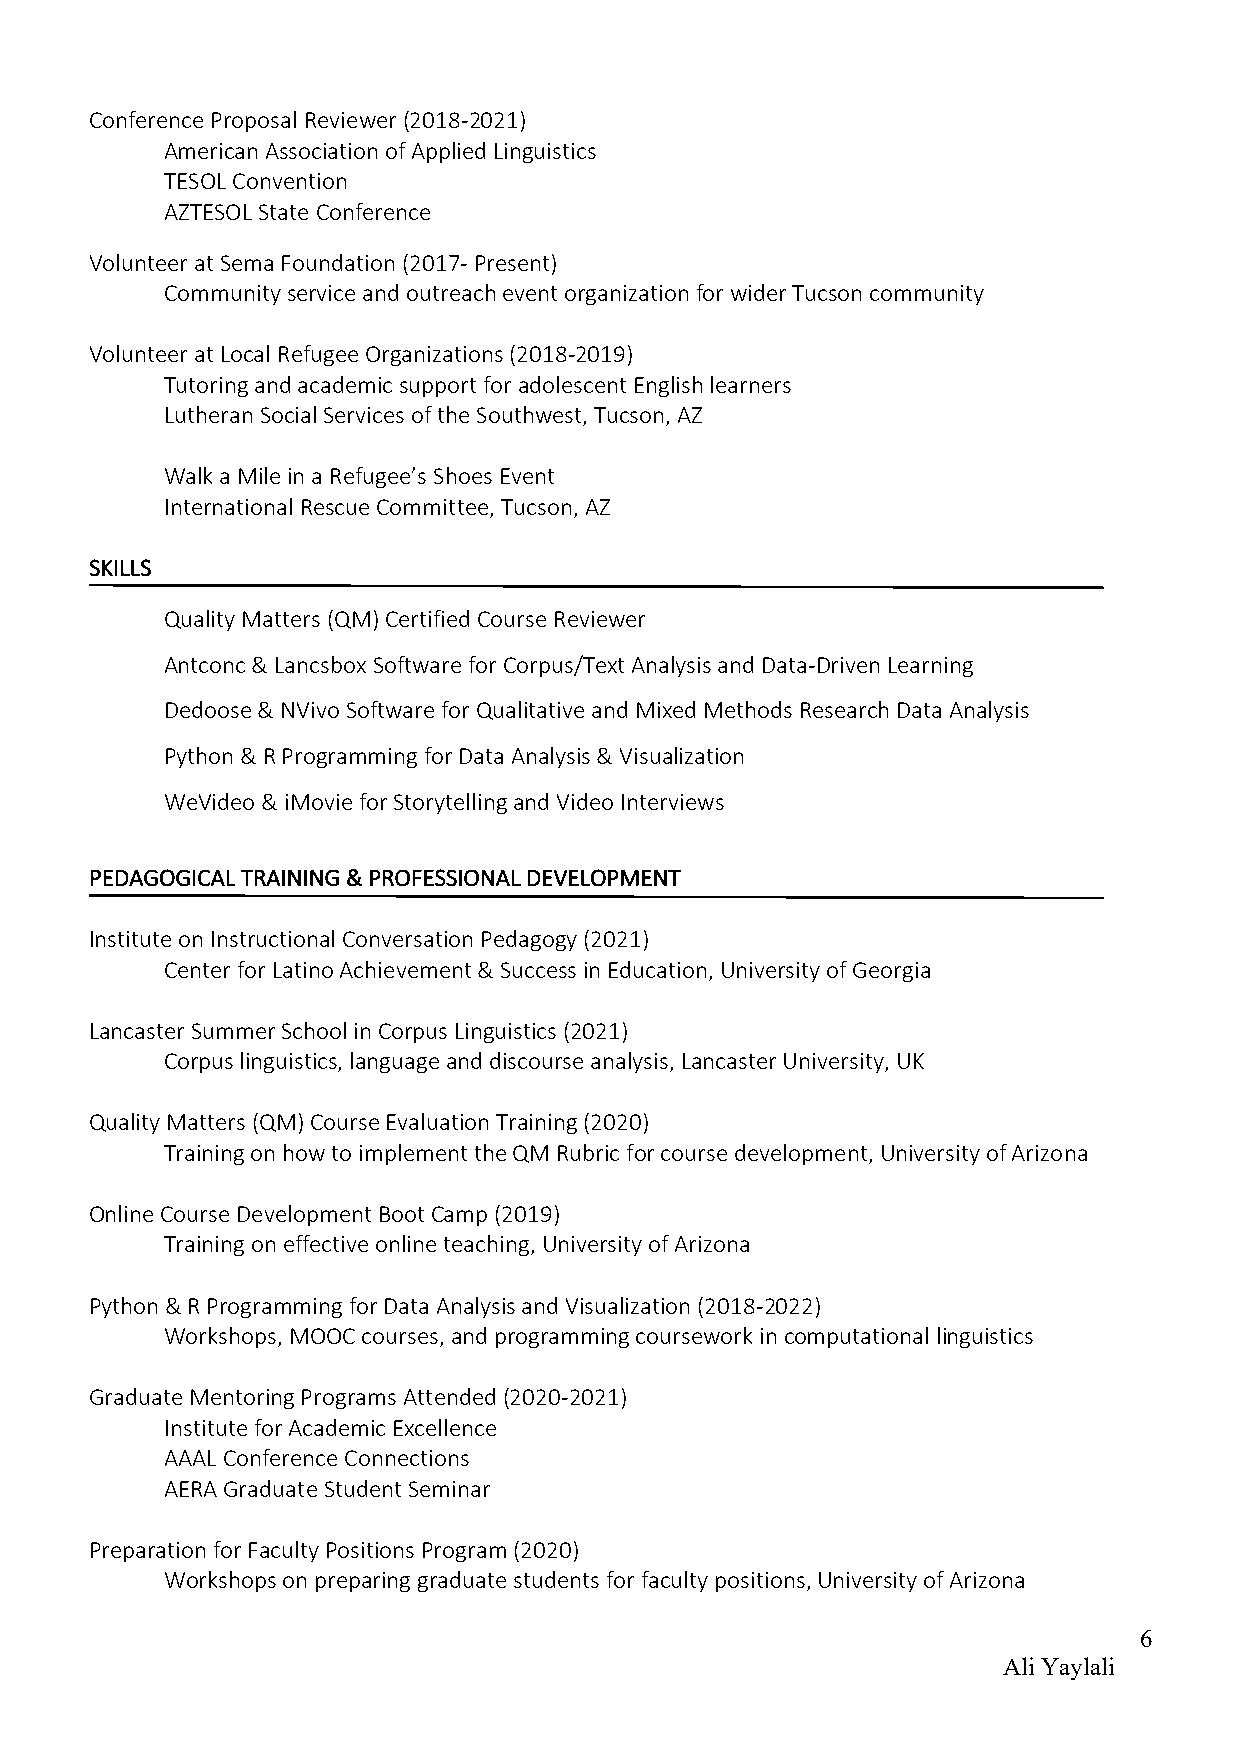
Conference Proposal Reviewer (2018-2021)
 American Association of Applied Linguistics
 TESOL Convention
 AZTESOL State Conference
 Volunteer at Sema Foundation (2017- Present)
 Community service and outreach event organization for wider Tucson community
 Volunteer at Local Refugee Organizations (2018-2019)
 Tutoring and academic support for adolescent English learners
 Lutheran Social Services of the Southwest, Tucson, AZ
 Walk a Mile in a Refugee’s Shoes Event
 International Rescue Committee, Tucson, AZ
 SKILLS
 Quality Matters (QM) Certified Course Reviewer
 Antconc & Lancsbox Software for Corpus/Text Analysis and Data-Driven Learning
 Dedoose & NVivo Software for Qualitative and Mixed Methods Research Data Analysis
 Python & R Programming for Data Analysis & Visualization
 WeVideo & iMovie for Storytelling and Video Interviews
 PEDAGOGICAL TRAINING & PROFESSIONAL DEVELOPMENT
 Institute on Instructional Conversation Pedagogy (2021)
 Center for Latino Achievement & Success in Education, University of Georgia
 Lancaster Summer School in Corpus Linguistics (2021)
 Corpus linguistics, language and discourse analysis, Lancaster University, UK
 Quality Matters (QM) Course Evaluation Training (2020)
 Training on how to implement the QM Rubric for course development, University of Arizona
 Online Course Development Boot Camp (2019)
 Training on effective online teaching, University of Arizona
 Python & R Programming for Data Analysis and Visualization (2018-2022)
 Workshops, MOOC courses, and programming coursework in computational linguistics
 Graduate Mentoring Programs Attended (2020-2021)
 Institute for Academic Excellence
 AAAL Conference Connections
 AERA Graduate Student Seminar
 Preparation for Faculty Positions Program (2020)
 Workshops on preparing graduate students for faculty positions, University of Arizona
 6
 Ali Yaylali